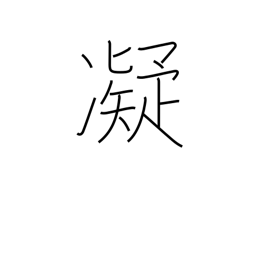
Meaning: stiff